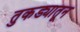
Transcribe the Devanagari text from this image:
तुकड्यातून